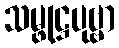
သမ္ဖုဋ္ဌပုဗ္ဗာ